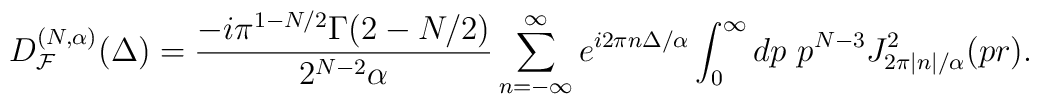
D_{{\cal F}}^{(N, \alpha)}(\Delta) =\frac{-i \pi^{1-N/2}\Gamma(2-N/2)}{2^{N-2} \alpha}\sum_{n=-\infty}^{\infty} e^{i 2\pi n \Delta/\alpha}\int_{0}^{\infty} dp\ p^{N-3}J^2_{2\pi |n|/\alpha}(p r) .